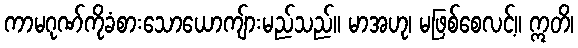
ကာမဂုဏ်ကိုခံစားသောယောကျ်ားမည်သည်။ မာအဟု၊ မဖြစ်စေလင့်။ ဣတိ၊